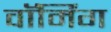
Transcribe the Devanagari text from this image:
वाॅर्मिंग